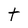
Character: t